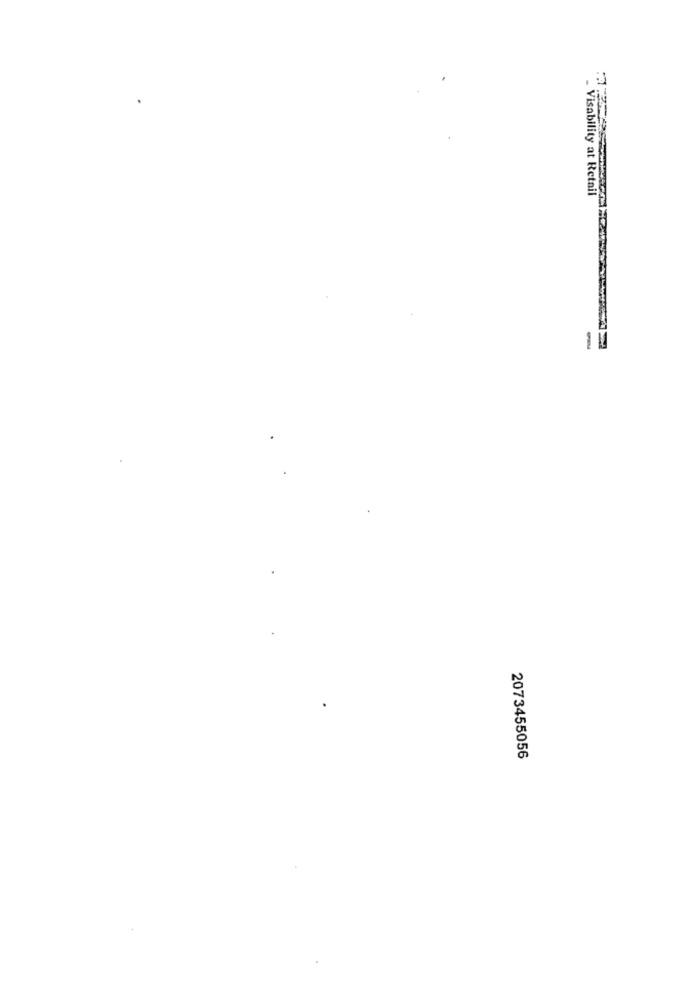
Visability at Retail
-
2073455056